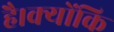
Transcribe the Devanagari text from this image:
है।क्योंकि